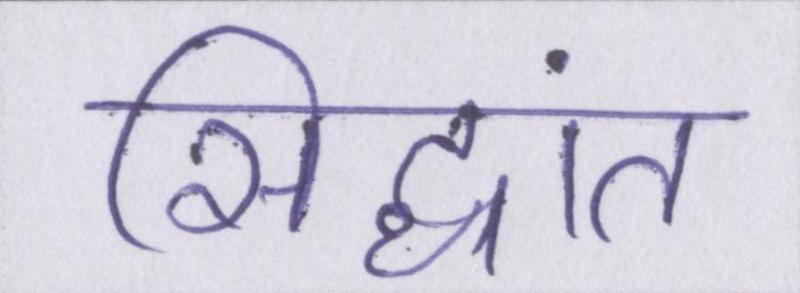
सिद्धांत